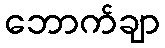
ဘောက်ချာ